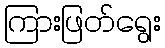
ကြားဖြတ်ရွေး